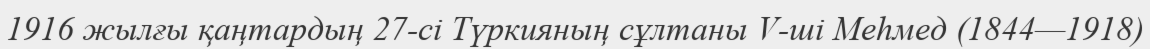
1916 жылғы қаңтардың 27-сі Түркияның сұлтаны V-ші Меһмед (1844—1918)